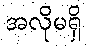
အလိုမရှိ